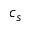
c _ { s }